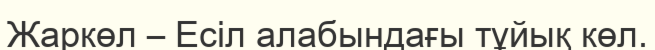
Жаркөл – Есіл алабындағы тұйық көл.